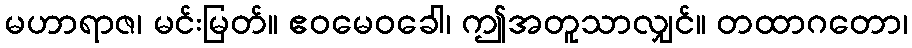
မဟာရာဇ၊ မင်းမြတ်။ ဧဝမေဝခေါ၊ ဤအတူသာလျှင်။ တထာဂတော၊